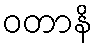
ဝတာနိ